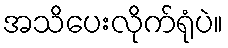
အသိပေးလိုက်ရုံပဲ။